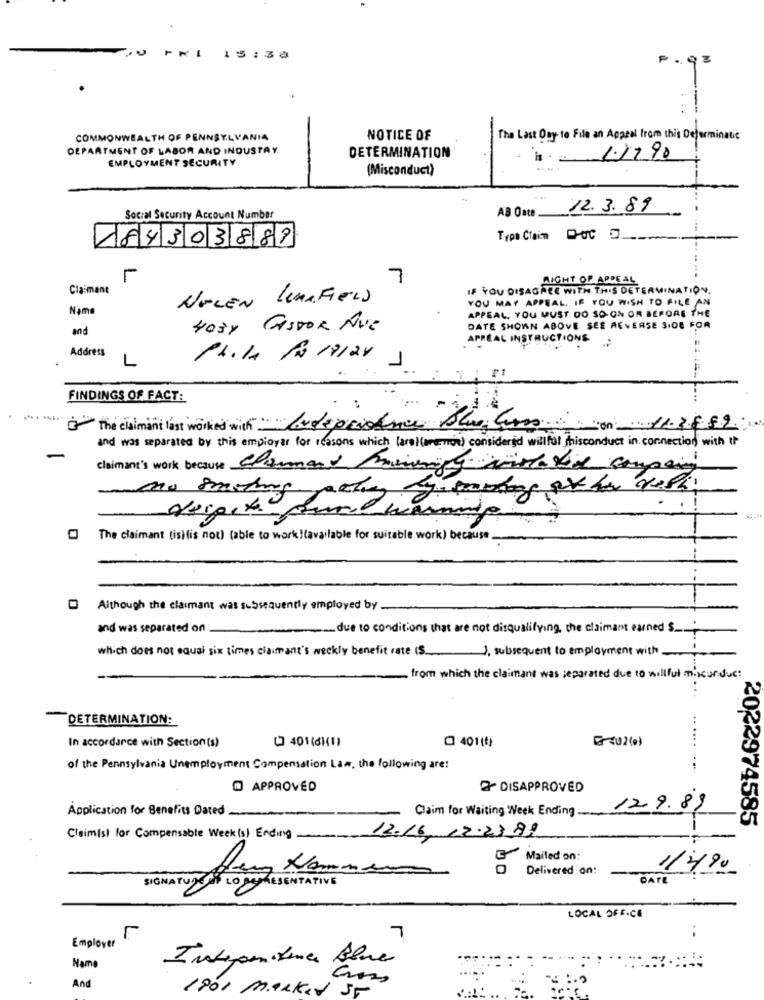
FRI
15:38
COMMONWEALTH OF PENNSYLVANIA
NOTICE OF
The Last Ony to File an Appeal from this Deferminatie
DEPARTMENT OF LABOR AND INDUSTRY.
DETERMINATION
EMPLOYMENT SECURITY
(Misconduct)
AB Oate .
12.3.89
Social Security Account Number
184303889
Typo Claim DOC .
7
RIGHT OF APPEAL
Claimant
IF YOU DISAGREE WITH THIS DETERMINATION.
NELEN LUNAFIELS
Name
YOU MAY APPEAL. IF YOU WISH TO FILE AN
APPEAL, YOU MUST DO SO ON OR BEFORE THE
and
4034 GISDOR Ave
DATE SHOWN ABOVE SEE REVERSE SIOE FOR
APREAL INSTRUCTIONS
Address
L
14.11 19 19/28 J
FINDINGS OF FACT:
B- The claimant last worked with Independence Blue Curso 11.3489
and was separated by this employer for reasons which (are) (anerror) considered willfor thisconduct in connection with it
-
claimant's work because Chamand miningy wisteria company
The claimant (isifis not) (able to work !(available for suitable work) because_
Although the claimant was subsequently employed by
and was separated on
due to conditions that are not disqualifying, the claimant earned $ ____ "
which does not equal six times claimant's weekly benefit rate (S ), subsequent to employment with
from which the claimant was separated due to willful misconduct
DETERMINATION:
In accordance with Section(s)
@ 401(1)
U 401(6(1)
.. .
of the Pennsylvania Unemployment Compensation Law, the following are:
. .. .
@ APPROVED
2 DISAPPROVED
Claim for Waiting Week Ending
129.89
Application for Benefits Dated
2022974585
Claim(s) for Compensable Week(s) Ending
12.16, 12.23.99
Mailed on:
Delivered on:
DATE
LOCAL OFF.CE
..
r
7
Employer
Independence Blue
Name
And
1801 Marked ST